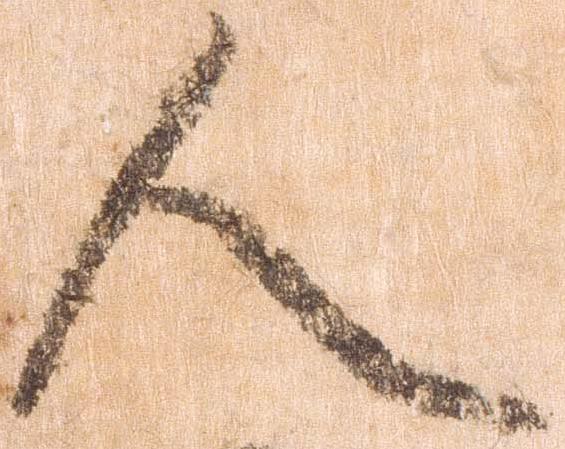
人